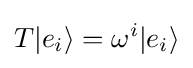
T|e_{i}\rangle =\omega ^{i}|e_{i}\rangle